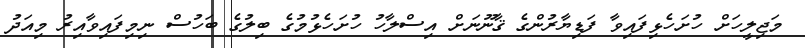
މަޖިލީހަށް ހުށަހެޅިފައިވާ ފަޑިޔާރުންގެ ޤާނޫނަށް އިސްލާހު ހުށަހެޅުމުގެ ބިލުގެ ބަހުސް ނިމިފައިވާއިރު މިއަދު